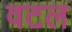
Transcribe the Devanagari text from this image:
वटल